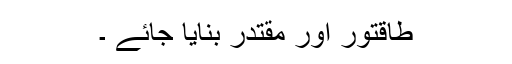
طاقتور اور مقتدر بنایا جائے ۔